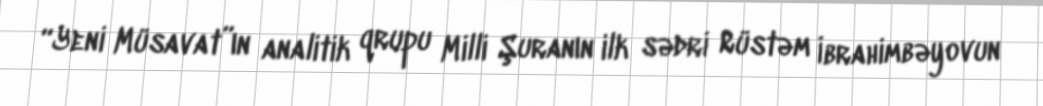
“Yeni Müsavat”ın analitik qrupu Milli Şuranın ilk sədri Rüstəm İbrahimbəyovun